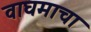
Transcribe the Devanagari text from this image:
वाघमाचा